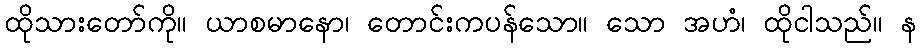
ထိုသားတော်ကို။ ယာစမာနော၊ တောင်းကပန်သော။ သော အဟံ၊ ထိုငါသည်။ န